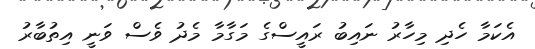
އެކަމާ ހެދި މިހާރު ނައިބު ރައީސްގެ މަގާމާ މެދު ވެސް ވަނީ އިތުބާރު